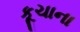
કૂચાના